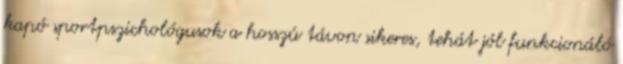
kapó sportpszichológusok a hosszú távon sikeres, tehát jól funkcionáló